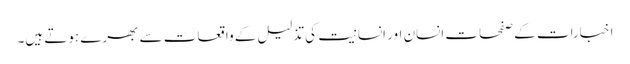
اخبارات کے صفحات انسان اور انسانیت کی تذلیل کے واقعات سے بھرے ہوتے ہیں۔